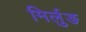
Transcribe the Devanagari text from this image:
मिर्लुङ